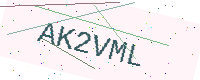
Text: AK2VML